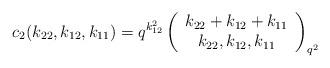
LaTeX: \begin{align*}c_2(k_{22},k_{12},k_{11})=q^{k_{12}^2}\left( \begin{array}{c} k_{22}+k_{12}+k_{11} \\ k_{22},k_{12},k_{11} \\ \end{array}\right)_{q^2}\end{align*}